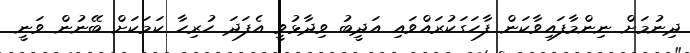
ދިނުމަށް ނިންމާފައިވާކަން ފާހަގަކުރައްވައި އަދީބު ވިދާޅުވީ އެފަދަ ހުރިހާ ކަމަކަށް ބޭނުން ވަނީ